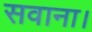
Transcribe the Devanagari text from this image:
सवाना।